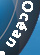
Ocean